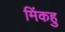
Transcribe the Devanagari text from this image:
मिंकहु